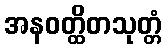
အနဝတ္ထိတသုတ္တံ